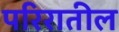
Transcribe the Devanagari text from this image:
परिरातील